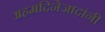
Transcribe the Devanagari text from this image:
अहमदिनेजादांनी